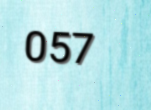
057